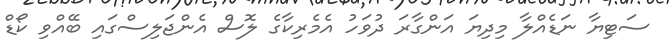
ސަޓިޔާ ނަޑެއްލާ މިދިޔަ އަންގާރަ ދުވަހު އެމެރިކާގެ ލޮސް އެންޖަލިސްގައި ބޭއްވި ކޯޑް